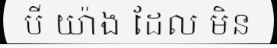
បី យ៉ាង ដែល មិន